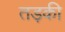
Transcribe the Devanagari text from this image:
तड़की